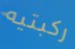
ركبتيه